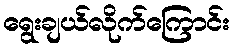
ရွေးချယ်လိုက်ကြောင်း